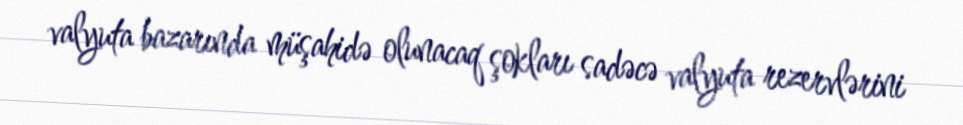
valyuta bazarında müşahidə olunacaq şokları sadəcə valyuta rezervlərini